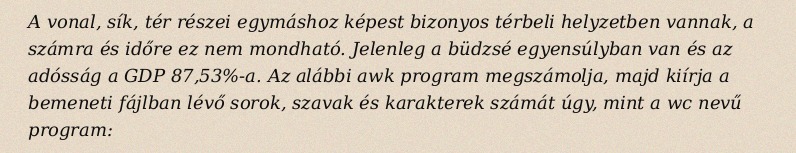
A vonal, sík, tér részei egymáshoz képest bizonyos térbeli helyzetben vannak, a számra és időre ez nem mondható. Jelenleg a büdzsé egyensúlyban van és az adósság a GDP 87,53%-a. Az alábbi awk program megszámolja, majd kiírja a bemeneti fájlban lévő sorok, szavak és karakterek számát úgy, mint a wc nevű program: